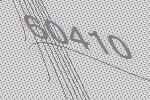
60410